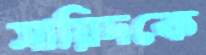
সায়িদকে